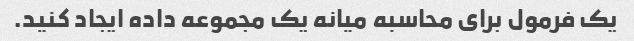
یک فرمول برای محاسبه میانه یک مجموعه داده ایجاد کنید.